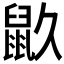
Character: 𪔼